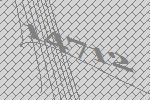
14712